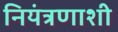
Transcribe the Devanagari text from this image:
नियंत्रणाशी